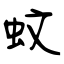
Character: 蚊